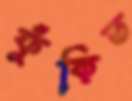
ফুঁকিত